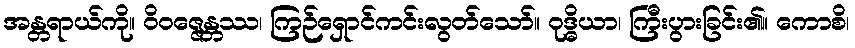
အန္တရာယ်ကို။ ဝိဝဇ္ဇေန္တဿ၊ ကြဉ်ရှောင်ကင်းလွတ်သော်။ ဝုဒ္ဓိယာ၊ ကြီးပွားခြင်း၏။ ကောစိ၊